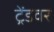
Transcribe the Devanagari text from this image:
ट्रेंडवर